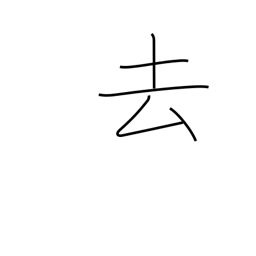
Meaning: past